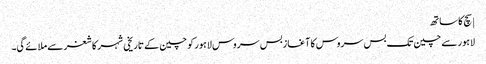
| سچ کا ساتھ
لاہور سے چین تک بس سروس کا آغازبس سروس لاہور کو چین کے تاریخی شہر کاشغر سے ملائے گی۔